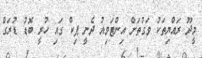
މީދޫ ރައްޔިތަކު ވަގުތަށް އިންޓަވިއު ދެނީ ޕިކް ގައި ހުރީ ބޮޑު ޑުރަގް